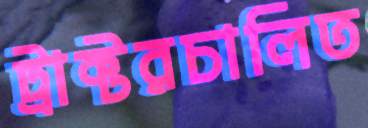
ট্রাক্টরচালিত